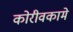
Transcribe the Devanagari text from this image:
कोरीवकामे